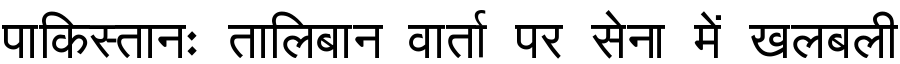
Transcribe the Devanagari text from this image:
पाकिस्तानः तालिबान वार्ता पर सेना में खलबली